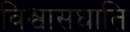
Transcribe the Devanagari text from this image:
विश्वासघाति